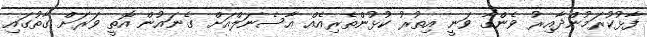
ފާޅުކުރަމުންދާއިރު ވެންގާ ވަނީ އިތުރު ކުޅުންތެރިއެއް އާސެނަލްއަށް ގެނައުން އޮތީ ވަރަށް ގާތުގައި